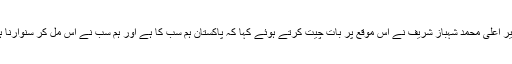
وزیر اعلیٰ محمد شہباز شریف نے اس موقع پر بات چیت کرتے ہوئے کہا کہ پاکستان ہم سب کا ہے اور ہم سب نے اس مل کر سنوارنا ہے۔